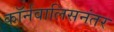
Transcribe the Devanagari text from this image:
कॉर्नवालिसनंतर